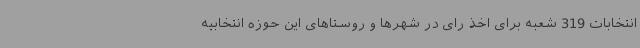
انتخابات 319 شعبه برای اخذ رای در شهرها و روستاهای این حوزه انتخابیه